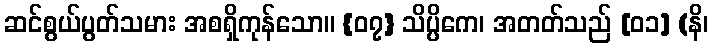
ဆင်စွယ်ပွတ်သမား အစရှိကုန်သော။ {၀၇} သိပ္ပိကေ၊ အတတ်သည် [၀၁] (နိ၊